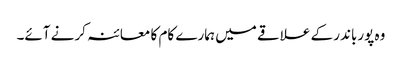
وہ پورباندر کے علاقے میں ہمارے کام کا معائنہ کرنے آئے۔